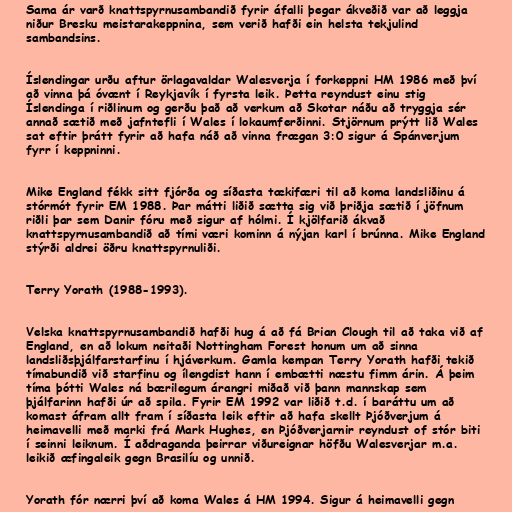
Sama ár varð knattspyrnusambandið fyrir áfalli þegar ákveðið var að leggja
niður Bresku meistarakeppnina, sem verið hafði ein helsta tekjulind
sambandsins.

Íslendingar urðu aftur örlagavaldar Walesverja í forkeppni HM 1986 með því
að vinna þá óvænt í Reykjavík í fyrsta leik. Þetta reyndust einu stig
Íslendinga í riðlinum og gerðu það að verkum að Skotar náðu að tryggja sér
annað sætið með jafntefli í Wales í lokaumferðinni. Stjörnum prýtt lið Wales
sat eftir þrátt fyrir að hafa náð að vinna frægan 3:0 sigur á Spánverjum
fyrr í keppninni.

Mike England fékk sitt fjórða og síðasta tækifæri til að koma landsliðinu á
stórmót fyrir EM 1988. Þar mátti liðið sætta sig við þriðja sætið í jöfnum
riðli þar sem Danir fóru með sigur af hólmi. Í kjölfarið ákvað
knattspyrnusambandið að tími væri kominn á nýjan karl í brúnna. Mike England
stýrði aldrei öðru knattspyrnuliði.

Terry Yorath (1988-1993).

Velska knattspyrnusambandið hafði hug á að fá Brian Clough til að taka við af
England, en að lokum neitaði Nottingham Forest honum um að sinna
landsliðsþjálfarstarfinu í hjáverkum. Gamla kempan Terry Yorath hafði tekið
tímabundið við starfinu og ílengdist hann í embætti næstu fimm árin. Á þeim
tíma þótti Wales ná bærilegum árangri miðað við þann mannskap sem
þjálfarinn hafði úr að spila. Fyrir EM 1992 var liðið t.d. í baráttu um að
komast áfram allt fram í síðasta leik eftir að hafa skellt Þjóðverjum á
heimavelli með marki frá Mark Hughes, en Þjóðverjarnir reyndust of stór biti
í seinni leiknum. Í aðdraganda þeirrar viðureignar höfðu Walesverjar m.a.
leikið æfingaleik gegn Brasilíu og unnið.

Yorath fór nærri því að koma Wales á HM 1994. Sigur á heimavelli gegn